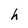
Character: h